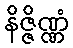
နိဇ္ဇိဏ္ဏံ